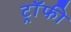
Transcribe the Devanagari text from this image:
ट्राॅफी